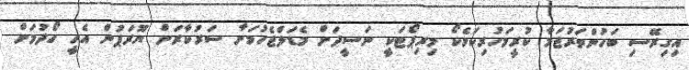
އިގިރޭސި ބަހުންތަރުޖަމާ ކުރީމަހުރިކަމެކޯ މިރިޕޯޓަކީ ނަސީދަށް މެޑަލްޖެހުމަށާ ސަރުކާރަށް ޔޫރަޕުން އެހީ ހޯދުމަށް